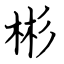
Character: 彬